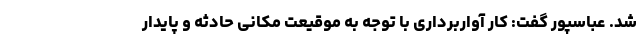
شد. عباسپور گفت: کار آواربرداری با توجه به موقیعت مکانی حادثه و پایدار